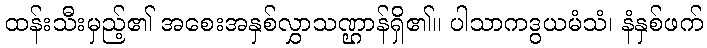
ထန်းသီးမှည့်၏ အစေးအနှစ်လွှာသဏ္ဌာန်ရှိ၏။ ပါသာကဒွယမံသံ၊ နံနှစ်ဖက်